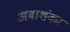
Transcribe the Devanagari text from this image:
अंबाशंकर